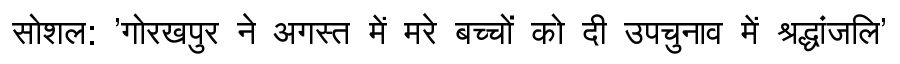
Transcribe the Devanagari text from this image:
सोशल: 'गोरखपुर ने अगस्त में मरे बच्चों को दी उपचुनाव में श्रद्धांजलि'